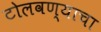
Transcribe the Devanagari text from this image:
टोलवण्याचा